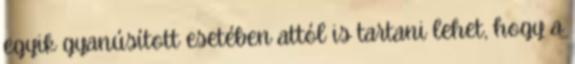
egyik gyanúsított esetében attól is tartani lehet, hogy a